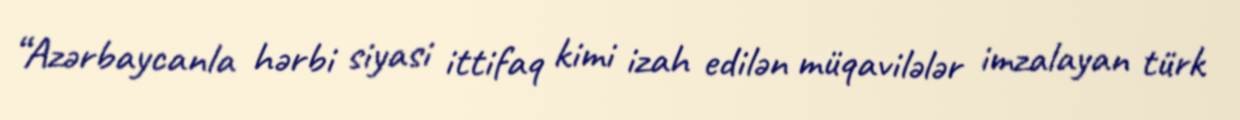
“Azərbaycanla hərbi siyasi ittifaq kimi izah edilən müqavilələr imzalayan türk